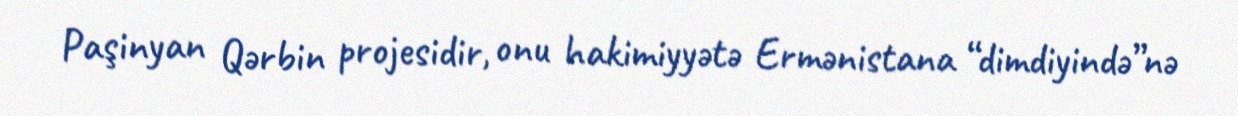
Paşinyan Qərbin projesidir, onu hakimiyyətə Ermənistana “dimdiyində”nə